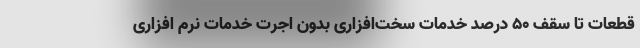
قطعات تا سقف ۵۰ درصد خدمات سخت‌افزاری بدون اجرت خدمات نرم افزاری